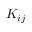
K _ { i j }